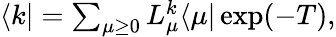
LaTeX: \begin{array}{r}{\langle k\vert=\sum_{\mu\geq 0}L_{\mu}^{k}\langle\mu\vert\exp(-T),}\end{array}